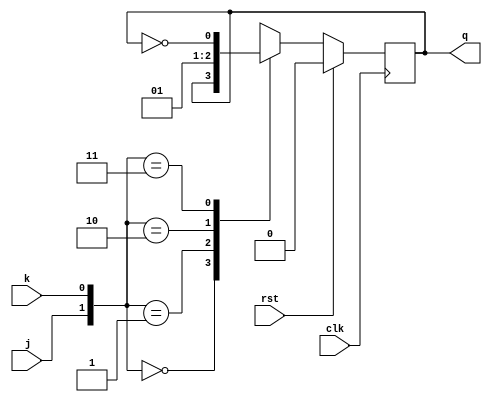
module jkflipflop(j,k,clk,rst,q);
input j,k,clk,rst;
output q;
reg q;
always@(posedge clk)
begin
 if(rst)
 q<=1'b0;
 else
  begin
    case({j,k})
     2'b00:q<=q;
     2'b01:q<=1'b0;
     2'b10:q<=1'b1;
     2'b11:q<=~q;
    default:q<=1'bx;
    endcase
    end
   end
 endmodule